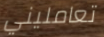
تعامليني